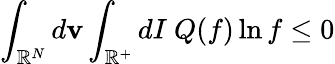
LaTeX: \int_{\mathbb{R}^{N}}d\textbf{v}\int_{\mathbb{R}^{+}}dI\ Q(f)\ln f\leq 0